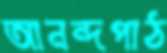
আনন্দপাঠ